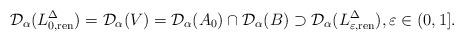
LaTeX: \begin{align*} \mathcal{D}_\alpha (L^\Delta_{0,{\rm ren}}) = \mathcal{D}_\alpha(V)= \mathcal{D}_\alpha (A_0) \cap \mathcal{D}_\alpha (B) \supset\mathcal{D}_\alpha (L^\Delta_{\varepsilon, {\rm ren}}), \varepsilon \in (0,1].\end{align*}